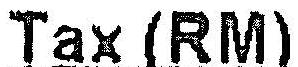
TAX (RM)